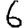
Digit: 6